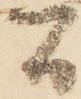
間